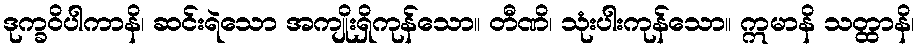
ဒုက္ခဝိပါကာနိ၊ ဆင်းရဲသော အကျိုးရှိကုန်သော။ တီဏိ၊ သုံးပါးကုန်သော။ ဣမာနိ သတ္ထာနိ၊